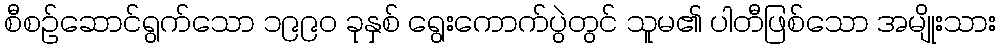
စီစဉ်ဆောင်ရွက်သော ၁၉၉၀ ခုနှစ် ရွေးကောက်ပွဲတွင် သူမ၏ ပါတီဖြစ်သော အမျိုးသား